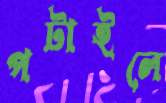
পটাইলে